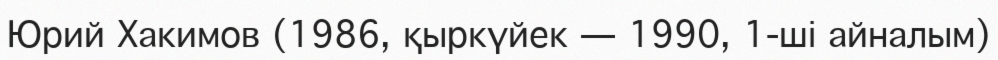
Юрий Хакимов (1986, қыркүйек — 1990, 1-ші айналым)